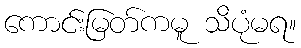
ကောင်းမြတ်ကမူ သိပုံမရ။